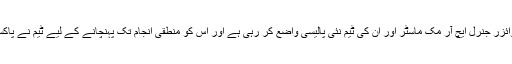
امریکی صدر ڈونلڈ ٹرمپ کے نیشنل سیکیورٹی ایڈوائزر جنرل ایچ آر مک ماسٹر اور ان کی ٹیم نئی پالیسی واضع کر رہی ہے اور اس کو منطقی انجام تک پہنچانے کے لیے ٹیم نے پاکستان اور افغانستان کے حکام سے بھی مشاورت کی۔